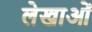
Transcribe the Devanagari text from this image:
लेखाओं